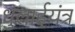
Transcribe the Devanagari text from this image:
धुलाईयंत्र